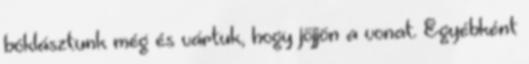
bóklásztunk még és vártuk, hogy jöjjön a vonat. Egyébként